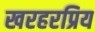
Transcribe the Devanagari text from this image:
खरहरप्रिय